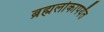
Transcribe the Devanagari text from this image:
ब्रह्मलोकापर्यंत